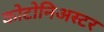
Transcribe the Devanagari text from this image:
कोटोनिअस्टर